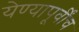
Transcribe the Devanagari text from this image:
येण्यापूर्वींच